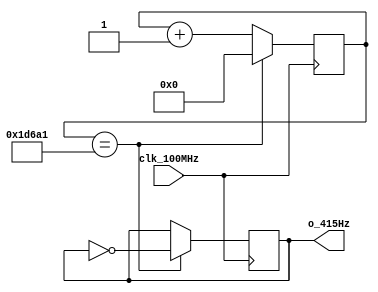
// This program was cloned from: https://github.com/FPGADude/Digital-Design
// License: GNU General Public License v3.0

`timescale 1ns / 1ps
//////////////////////////////////////////////////////////////////////////////////
// Authored by David J. Marion aka FPGA Dude
// Created on 4/29/2022
// Using Vivado 2021.2
// Generating 415Hz signal for music tone 'gS'
//////////////////////////////////////////////////////////////////////////////////

module gS_415Hz(
    input clk_100MHz,
    output o_415Hz     
    );
    
    // 100MHz / 120,481 / 2 = 415.0032Hz
    reg r_415Hz;
    reg [17:0] r_counter = 0;
    
    always @(posedge clk_100MHz)
        if(r_counter == 18'd120_481) begin
            r_counter <= 0;
            r_415Hz <= ~r_415Hz;
            end
        else
            r_counter <= r_counter + 1;

    assign o_415Hz = r_415Hz;
    
endmodule